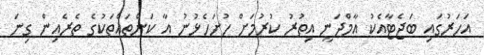
އަހަރުގައި ބަޖެޓާއެކު އާމްދަނީ އިތުރު ކުރުމަށް ހުށަހެޅުނު އާ ކަންތައްތަކުގެ ތެރެއިން ގިނަ